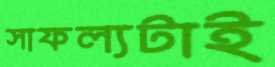
সাফল্যটাই